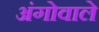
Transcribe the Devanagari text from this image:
अंगोवाले